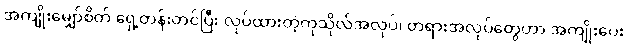
အကျိုးမျှော်စိတ် ရှေ့တန်းတင်ပြီး လုပ်ထားတဲ့ကုသိုလ်အလုပ်၊ တရားအလုပ်တွေဟာ အကျိုးပေး